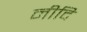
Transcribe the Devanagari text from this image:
नीदि